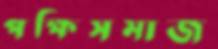
পক্ষিসমাজ